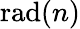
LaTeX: \operatorname{rad}(n)